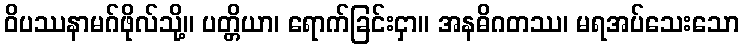
ဝိပဿနာမဂ်ဖိုလ်သို့။ ပတ္တိယာ၊ ရောက်ခြင်းငှာ။ အနဓိဂတဿ၊ မရအပ်သေးသော